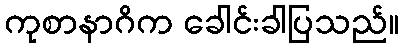
ကုစာနာဂိက ခေါင်းခါပြသည်။